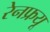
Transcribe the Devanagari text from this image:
रेनफ्रयू